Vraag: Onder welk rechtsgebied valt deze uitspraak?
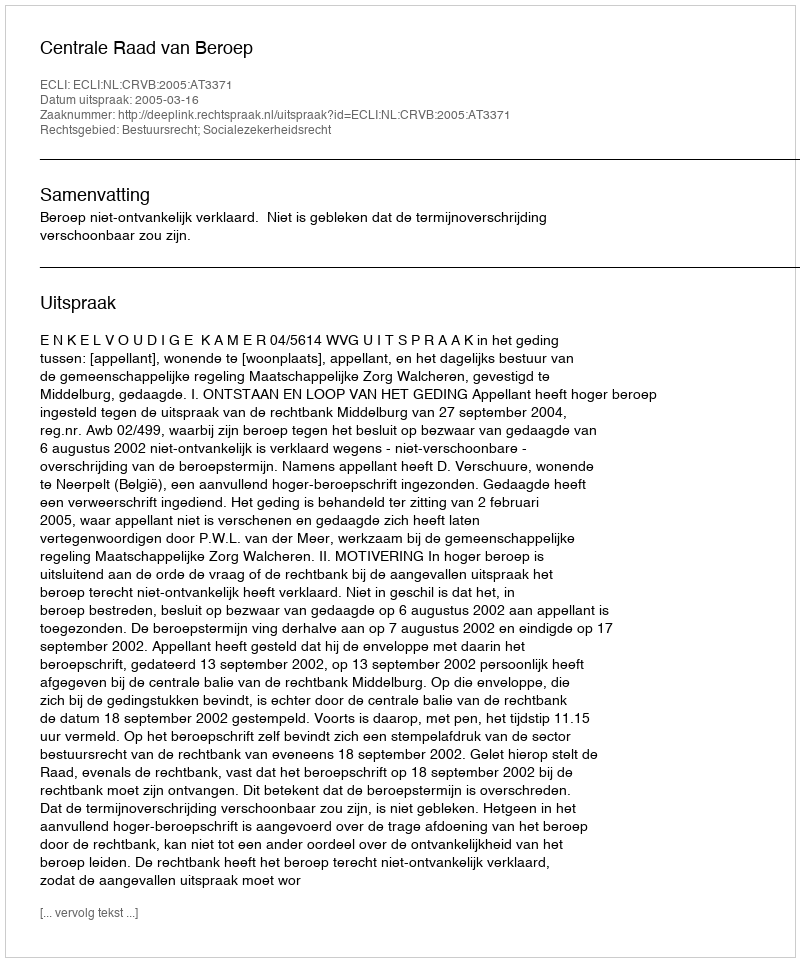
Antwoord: Bestuursrecht; Socialezekerheidsrecht